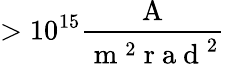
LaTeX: >10^{15}\frac{\mathrm{~A~}}{\mathrm{~m~}^{2}\mathrm{~r~a~d~}^{2}}